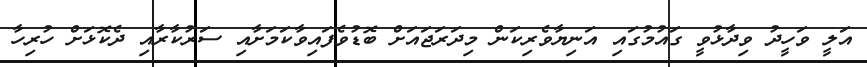
އަލީ ވަހީދު ވިދާޅުވީ ގައުމުގައި އަނިޔާވެރިކަން މިދަރަޖައަށް ބޮޑުވެފައިވާކަމަށާއި ސަރުކާރާއި ދެކޮޅަށް ހުރިހާ